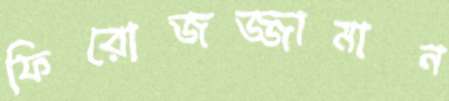
ফিরোজজ্জামান